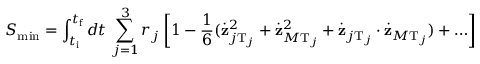
S _ { \operatorname * { m i n } } = \int _ { t _ { \mathrm { i } } } ^ { t _ { \mathrm { f } } } d t \, \sum _ { j = 1 } ^ { 3 } r _ { j } \left[ 1 - \frac { 1 } { 6 } ( \dot { { \bf z } } _ { j \mathrm { T } _ { j } } ^ { 2 } + \dot { { \bf z } } _ { M \mathrm { T } _ { j } } ^ { 2 } + \dot { { \bf z } } _ { j \mathrm { T } _ { j } } \cdot \dot { { \bf z } } _ { M \mathrm { T } _ { j } } ) + \ldots \right]